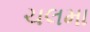
ચલમા